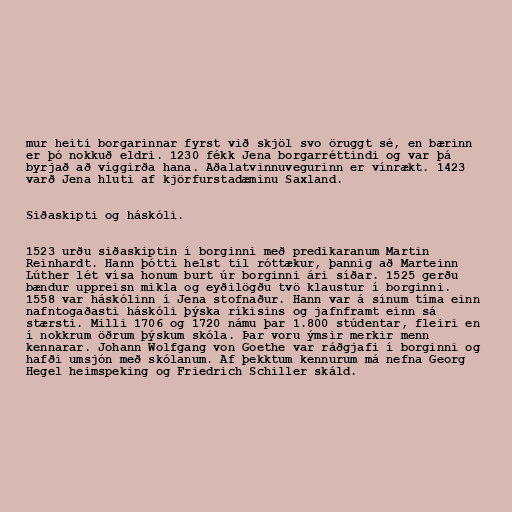
mur heiti borgarinnar fyrst við skjöl svo öruggt sé, en bærinn
er þó nokkuð eldri. 1230 fékk Jena borgarréttindi og var þá
byrjað að víggirða hana. Aðalatvinnuvegurinn er vínrækt. 1423
varð Jena hluti af kjörfurstadæminu Saxland.

Siðaskipti og háskóli.

1523 urðu siðaskiptin í borginni með predikaranum Martin
Reinhardt. Hann þótti helst til róttækur, þannig að Marteinn
Lúther lét vísa honum burt úr borginni ári síðar. 1525 gerðu
bændur uppreisn mikla og eyðilögðu tvö klaustur í borginni.
1558 var háskólinn í Jena stofnaður. Hann var á sínum tíma einn
nafntogaðasti háskóli þýska ríkisins og jafnframt einn sá
stærsti. Milli 1706 og 1720 námu þar 1.800 stúdentar, fleiri en
í nokkrum öðrum þýskum skóla. Þar voru ýmsir merkir menn
kennarar. Johann Wolfgang von Goethe var ráðgjafi í borginni og
hafði umsjón með skólanum. Af þekktum kennurum má nefna Georg
Hegel heimspeking og Friedrich Schiller skáld.